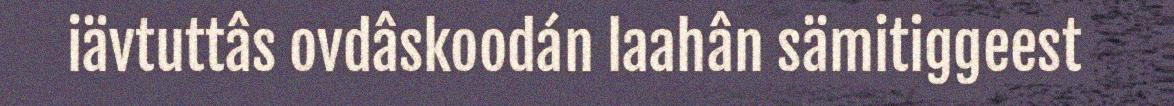
iävtuttâs ovdâskoodán laahân sämitiggeest